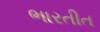
ભારતીત